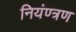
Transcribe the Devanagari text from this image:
नियंण्त्रण